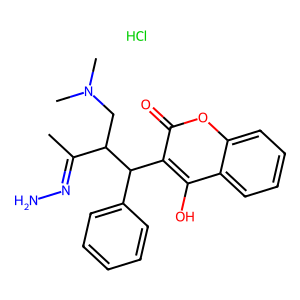
SMILES: CC(=NN)C(CN(C)C)C(c1ccccc1)c1c(O)c2ccccc2oc1=O.Cl
Inhibits HIV replication: No